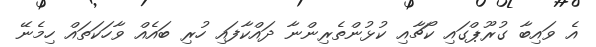
އެ ވައިބާ ގުރޫޕްގައި ކޯޗާއި ކުޅުންތެރިންނާ ދައްކާފައި ހުރި ބައެއް ވާހަކަތައް ހިމެނޭ